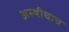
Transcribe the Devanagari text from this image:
अस्थीचाच